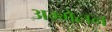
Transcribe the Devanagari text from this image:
अम्मेलन